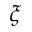
\xi